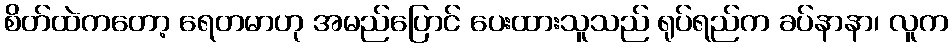
စိတ်ထဲကတော့ ရေတမာဟု အမည်ပြောင် ပေးထားသူသည် ရုပ်ရည်က ခပ်နာနာ၊ လူက